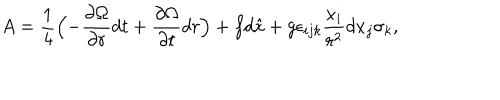
LaTeX: A = \frac { 1 } { 4 } \Bigl ( - \frac { \partial \Omega } { \partial r } d t + \frac { \partial \Omega } { \partial t } d r \Bigr ) + f d \hat { x } + g \epsilon _ { i j k } \frac { x _ { i } } { r ^ { 2 } } d x _ { j } \sigma _ { k } ,